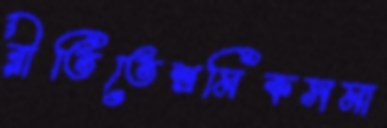
রীতিতেশ্রমিকসমা